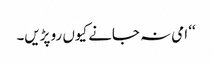
‘‘ امی نہ جانے کیوں رو پڑیں۔